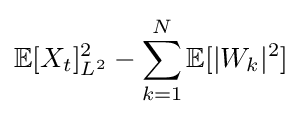
\mathbb {E} [X_{t}]_{L^{2}}^{2}-\sum _{k=1}^{N}\mathbb {E} [|W_{k}|^{2}]